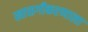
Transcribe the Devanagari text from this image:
खासगीकरणाला